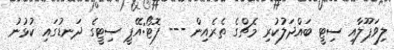
ލިވަޕޫލާއި ސިޓީ ބައްދަލުކުރި މެޗްގެ ތެރެއިން --- ފޮޓޯ:އޭޕީ ސިޓީގެ ދަނޑުގައި ކުޅުނު